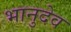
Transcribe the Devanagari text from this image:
भानुदेव